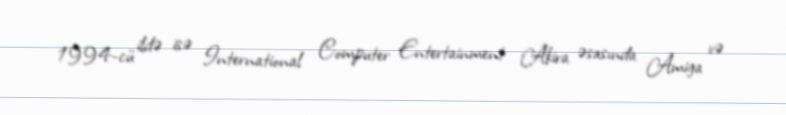
1994-cü ildə isə International Computer Entertainment Akira əsasında Amiga və